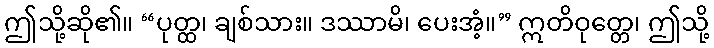
ဤသို့ဆို၏။ “ပုတ္ထ၊ ချစ်သား။ ဒဿာမိ၊ ပေးအံ့။” ဣတိဝုတ္တေ၊ ဤသို့